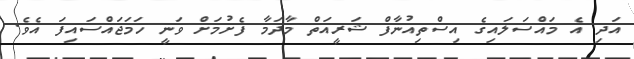
އަދި އެ މައްސަލައިގެ އިސްތިއުނާފް ޝަރީއަތް މާދަމާ ފެށުމަށް ވަނީ ހަމަޖައްސައިފަ އެވެ.